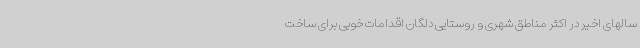
سالهای اخیر در اکثر مناطق شهری و روستایی دلگان اقدامات خوبی برای ساخت